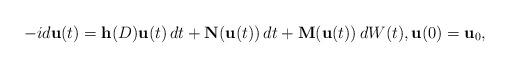
LaTeX: \begin{align*} -id \mathbf u(t) = \mathbf h(D) \mathbf u(t) \, dt + \mathbf N(\mathbf u(t)) \, dt + \mathbf M(\mathbf u(t)) \, dW(t), \mathbf u(0) = \mathbf u_0,\end{align*}